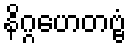
နိဂ္ဂဟေတဗ္ဗံ